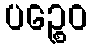
ပဉ္စေဝ